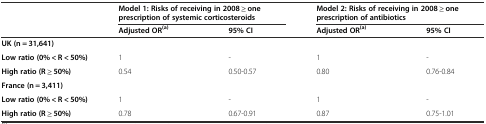
<table><thead><tr><td></td><td colspan="2"><b>Model 1: Risks of receiving in 2008 ≥ one prescription of systemic corticosteroids</b></td><td colspan="2"><b>Model 2: Risks of receiving in 2008 ≥ one prescription of antibiotics</b></td></tr><tr><td></td><td><b>Adjusted OR<sup>(a)</sup></b></td><td><b>95% CI</b></td><td><b>Adjusted OR<sup>(a)</sup></b></td><td><b>95% CI</b></td></tr></thead><tbody><tr><td><b>UK (n = 31,641)</b></td><td></td><td></td><td></td><td></td></tr><tr><td><b>Low ratio (0% &lt; R &lt; 50%)</b></td><td>1</td><td>-</td><td>1</td><td>-</td></tr><tr><td><b>High ratio (R ≥ 50%)</b></td><td>0.54</td><td>0.50-0.57</td><td>0.80</td><td>0.76-0.84</td></tr><tr><td><b>France (n = 3,411)</b></td><td></td><td></td><td></td><td></td></tr><tr><td><b>Low ratio (0% &lt; R &lt; 50%)</b></td><td>1</td><td>-</td><td>1</td><td>-</td></tr><tr><td><b>High ratio (R ≥ 50%)</b></td><td>0.78</td><td>0.67-0.91</td><td>0.87</td><td>0.75-1.01</td></tr></tbody></table>